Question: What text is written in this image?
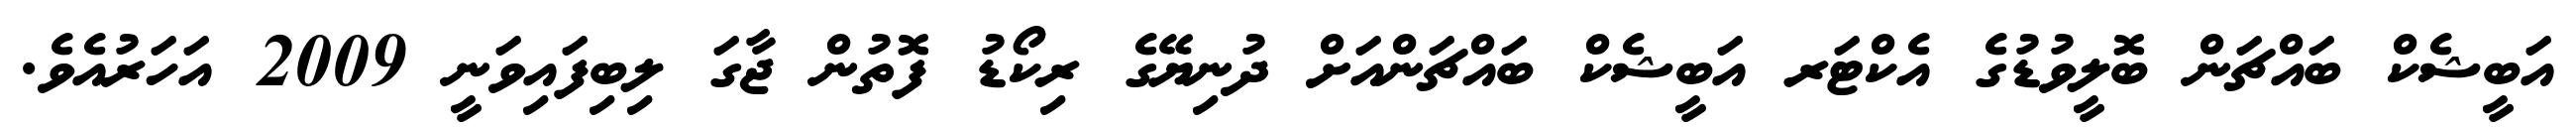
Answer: އަބީޝެކް ބައްޗަން ބޮލީވުޑުގެ އެކްޓަރ އަބީޝެކް ބައްޗަންއަށް ދުނިޔޭގެ ރިކޯޑު ފޮތުން ޖާގަ ލިބިފައިވަނީ 2009 އަހަރުއެވެ.